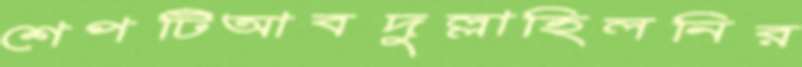
শেপটিআবদুল্লাহিলনির